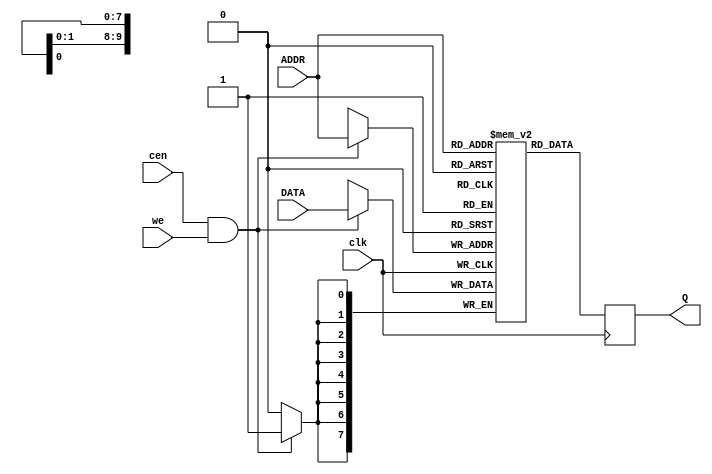
//SRAM_sync_noinit.v
//Asynchronous static RAM of variable size with initialization file
`default_nettype none
`timescale 1ns/1ps

//default 8x1K ram size
module SRAM_sync_noinit #(parameter DATA_WIDTH = 8, ADDR_WIDTH = 10)(
    input wire clk,
    input wire [ADDR_WIDTH-1:0] ADDR,
    input wire [DATA_WIDTH-1:0] DATA,
    (* direct_enable = 1 *) input wire cen,
    input wire we,
    output reg [DATA_WIDTH-1:0] Q
    );

    (* ramstyle = "no_rw_check" *) reg [DATA_WIDTH-1:0] mem[0:(2**ADDR_WIDTH)-1];
    
    always @(posedge clk) begin
        Q <=  mem[ADDR];

        if(cen && we) begin
            mem[ADDR] <= DATA;
        end
    end

endmodule